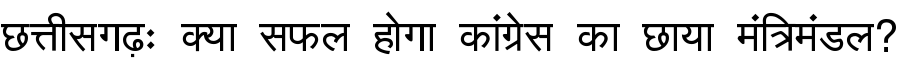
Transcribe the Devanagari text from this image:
छत्तीसगढ़ः क्या सफल होगा कांग्रेस का छाया मंत्रिमंडल?